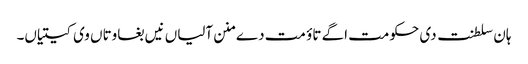
ہان سلطنت دی حکومت اگے تاؤ مت دے منن آلیاں نیں بغاوتاں وی کیتیاں۔